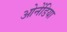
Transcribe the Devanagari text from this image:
ओनेंडिया